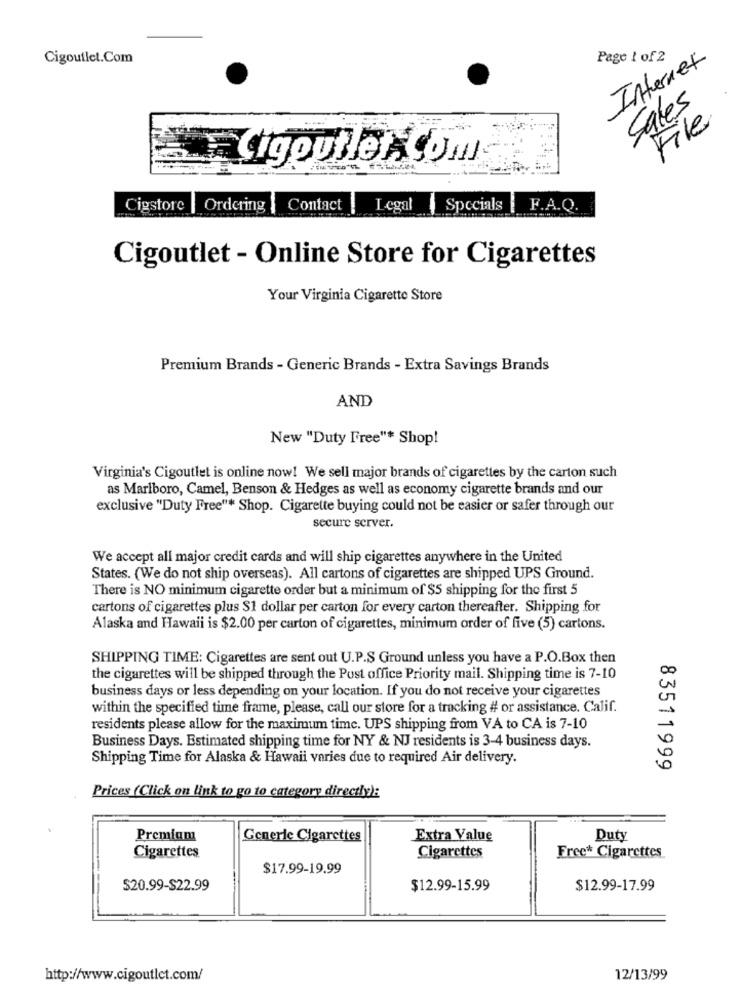
Cigoutlet.Com
Page 1 of 2
Internet
Sales
File
Cigoutlet Com
Cigstore | Ordering | Contact
Legal | Specials | F.A.Q.
Cigoutlet - Online Store for Cigarettes
Your Virginia Cigarette Store
Premium Brands - Generic Brands - Extra Savings Brands
AND
New "Duty Free"* Shop!
Virginia's Cigoutlet is online now! We sell major brands of cigarettes by the carton such
as Marlboro, Camel, Benson & Hedges as well as economy cigarette brands and our
exclusive "Duty Free"* Shop. Cigarette buying could not be easier or safer through our
secure server.
We accept all major credit cards and will ship cigarettes anywhere in the United
States. (We do not ship overseas). All cartons of cigarettes are shipped UPS Ground.
There is NO minimum cigarette order but a minimum of $5 shipping for the first 5
cartons of cigarettes plus $1 dollar per carton for every carton thereafter. Shipping for
Alaska and Hawaii is $2.00 per carton of cigarettes, minimum order of five (5) cartons.
SHIPPING TIME: Cigarettes are sent out U.P.S Ground unless you have a P.O.Box then
the cigarettes will be shipped through the Post office Priority mail. Shipping time is 7-10
business days or less depending on your location. If you do not receive your cigarettes
within the specified time frame, please, call our store for a tracking # or assistance. Calif.
residents please allow for the maximum time. UPS shipping from VA to CA is 7-10
Business Days. Estimated shipping time for NY & NJ residents is 3-4 business days.
Shipping Time for Alaska & Hawaii varies due to required Air delivery.
83511999
Prices (Click on link to go to category directly):
Premium
Generic Cigarettes
Extra Value
Duty
Cigarettes
Cigarettes
Free* Cigarettes
$17.99-19.99
$20.99-$22.99
$12.99-15.99
$12.99-17.99
http://www.cigoutlet.com/
12/13/99